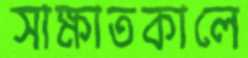
সাক্ষাতকালে